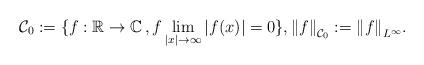
LaTeX: \begin{align*}\mathcal{C}_0:=\{f:\mathbb{R}\to\mathbb{C} \,, f\lim_{|x|\to\infty}|f(x)|=0\}, {\|f\|}_{\mathcal{C}_0} := {\|f\|}_{L^\infty}.\end{align*}